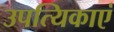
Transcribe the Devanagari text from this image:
उपत्यिकाएं